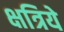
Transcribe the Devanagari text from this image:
क्षत्रिये